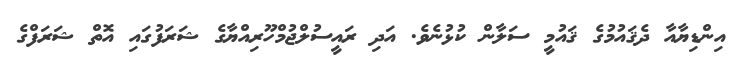
އިންޑިޔާއާ ދެޤައުމުގެ ޤައުމީ ސަލާން ކުޅުނެވެ. އަދި ރައީސުލްޖުމްހޫރިއްޔާގެ ޝަރަފުގައި އޮތް ޝަރަފްގެ